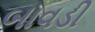
બાવડી